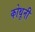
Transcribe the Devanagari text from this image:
कोथूनी